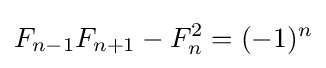
F_{n-1}F_{n+1}-F_{n}^{2}=(-1)^{n}